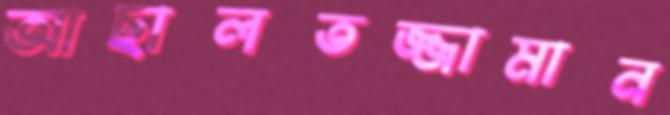
আছালতজ্জামান